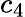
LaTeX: c_{4}